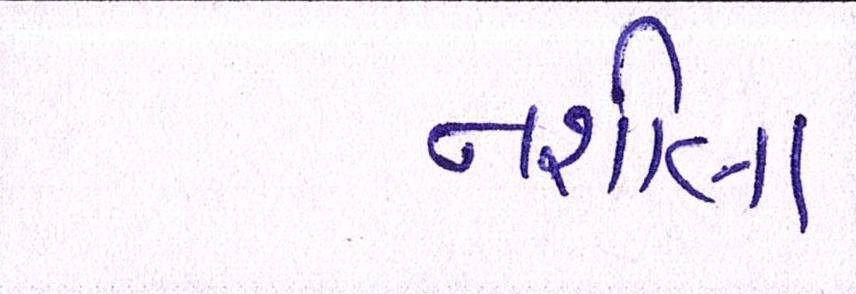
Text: નશીલા